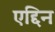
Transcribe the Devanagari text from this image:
एद्दिन